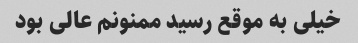
خیلی به موقع رسید ممنونم عالی بود